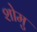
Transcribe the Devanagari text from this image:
शोमु